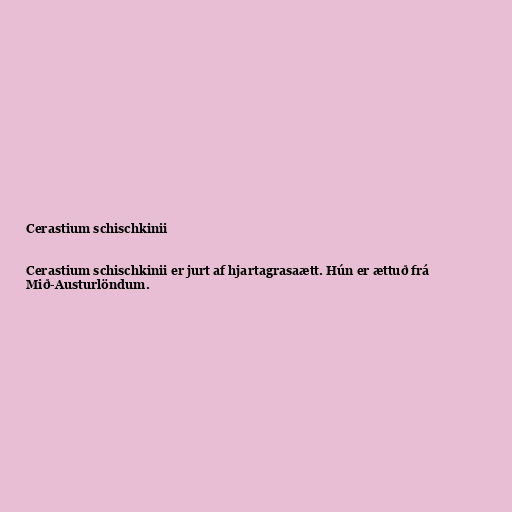
Cerastium schischkinii

Cerastium schischkinii er jurt af hjartagrasaætt. Hún er ættuð frá
Mið-Austurlöndum.